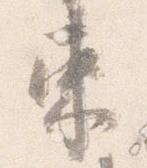
束